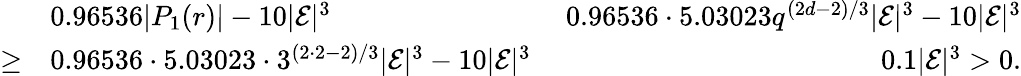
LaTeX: \begin{array}{rlr}&{0.96536|P_{1}(r)|-10|\mathcal{E}|^{3}\ }&{0.96536\cdot 5.03023q^{(2d-2)/3}|\mathcal{E}|^{3}-10|\mathcal{E}|^{3}}\\ {\geq}&{0.96536\cdot 5.03023\cdot 3^{(2\cdot 2-2)/3}|\mathcal{E}|^{3}-10|\mathcal{E}|^{3}\ }&{0.1|\mathcal{E}|^{3}>0.}\end{array}